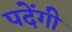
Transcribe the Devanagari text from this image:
पदेंगी